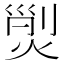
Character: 𱫝